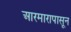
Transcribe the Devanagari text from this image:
आरमारापासून